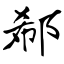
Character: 郗